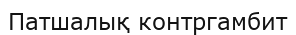
Патшалық контргамбит